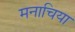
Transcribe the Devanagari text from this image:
मनाचिया